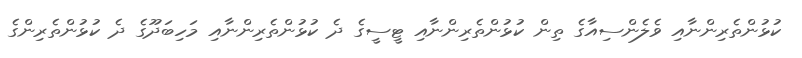
ކުޅުންތެރިންނާއި ވެލެންސިއާގެ ތިން ކުޅުންތެރިންނާއި ޓީސީގެ ދެ ކުޅުންތެރިންނާއި މަހިބަދޫގެ ދެ ކުޅުންތެރިންގެ